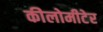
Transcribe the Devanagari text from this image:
कीलोमीटेर